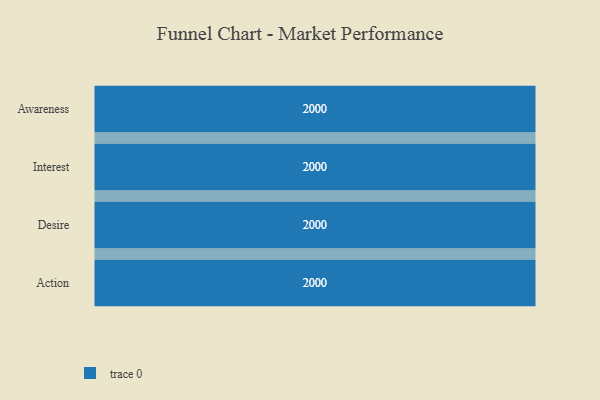
{"axis": {"x": "Stage", "y": "Value"}, "legend": [""], "data": [{"x": "Awareness", "y": 2000, "type": ""}, {"x": "Interest", "y": 2000, "type": ""}, {"x": "Desire", "y": 2000, "type": ""}, {"x": "Action", "y": 2000, "type": ""}]}